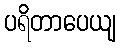
ပရိတာပေယျ